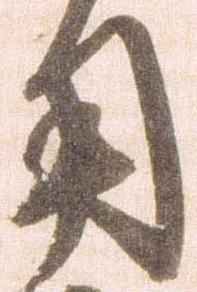
用